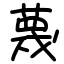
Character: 蔑